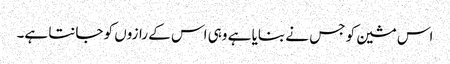
اس مشین کو جس نے بنایا ہے وہی اس کے رازوں کو جانتا ہے۔